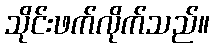
သိုင်းဖက်လိုက်သည်။